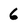
Character: 6